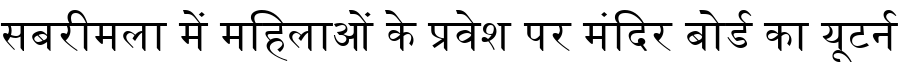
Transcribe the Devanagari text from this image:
सबरीमला में महिलाओं के प्रवेश पर मंदिर बोर्ड का यूटर्न